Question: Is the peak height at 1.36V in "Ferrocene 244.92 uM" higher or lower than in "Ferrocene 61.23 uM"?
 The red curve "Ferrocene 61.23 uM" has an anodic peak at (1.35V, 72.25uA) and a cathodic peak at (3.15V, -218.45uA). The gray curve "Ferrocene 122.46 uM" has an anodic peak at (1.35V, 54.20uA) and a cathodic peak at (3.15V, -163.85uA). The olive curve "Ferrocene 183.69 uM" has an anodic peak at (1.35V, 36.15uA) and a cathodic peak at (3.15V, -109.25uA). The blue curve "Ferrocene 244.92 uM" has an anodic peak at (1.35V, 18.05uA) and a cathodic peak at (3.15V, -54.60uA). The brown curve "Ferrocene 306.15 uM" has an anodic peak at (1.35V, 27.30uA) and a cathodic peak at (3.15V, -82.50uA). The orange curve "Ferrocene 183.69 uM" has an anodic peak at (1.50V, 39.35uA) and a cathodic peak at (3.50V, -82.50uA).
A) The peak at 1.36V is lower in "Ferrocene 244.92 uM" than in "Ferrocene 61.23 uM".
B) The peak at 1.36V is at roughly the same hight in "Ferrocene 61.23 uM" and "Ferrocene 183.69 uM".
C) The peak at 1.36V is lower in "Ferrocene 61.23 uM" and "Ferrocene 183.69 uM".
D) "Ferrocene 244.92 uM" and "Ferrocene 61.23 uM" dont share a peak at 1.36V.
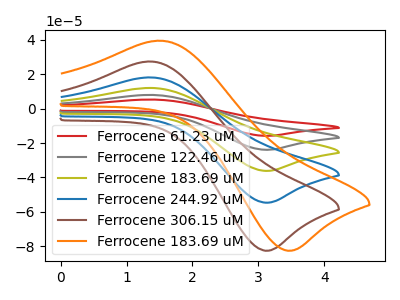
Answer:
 <answer>A) The peak at 1.36V is lower in "Ferrocene 244.92 uM" than in "Ferrocene 61.23 uM".</answer>
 <eval>A</eval>